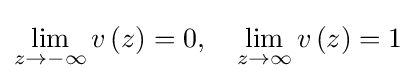
\lim _{z\rightarrow -\infty }v\left(z\right)=0,\quad \lim _{z\rightarrow \infty }v\left(z\right)=1